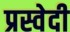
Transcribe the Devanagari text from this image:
प्रस्वेदी